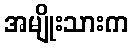
အမျိုးသားက